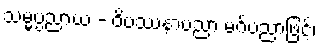
သမ္မပ္ပညာယ - ဝိပဿနာပညာ မဂ်ပညာဖြင့်၊